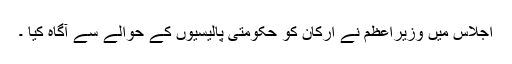
اجلاس میں وزیراعظم نے ارکان کو حکومتی پالیسیوں کے حوالے سے آگاہ کیا ۔